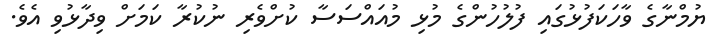
ޔުމްނާގެ ވާހަކަފުޅުގައި ފުލުހުންގެ މުޅި މުއައްސަސާ ކުށްވެރި ނުކުރާ ކަމަށް ވިދާޅުވި އެވެ.